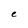
Character: e